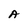
Character: A